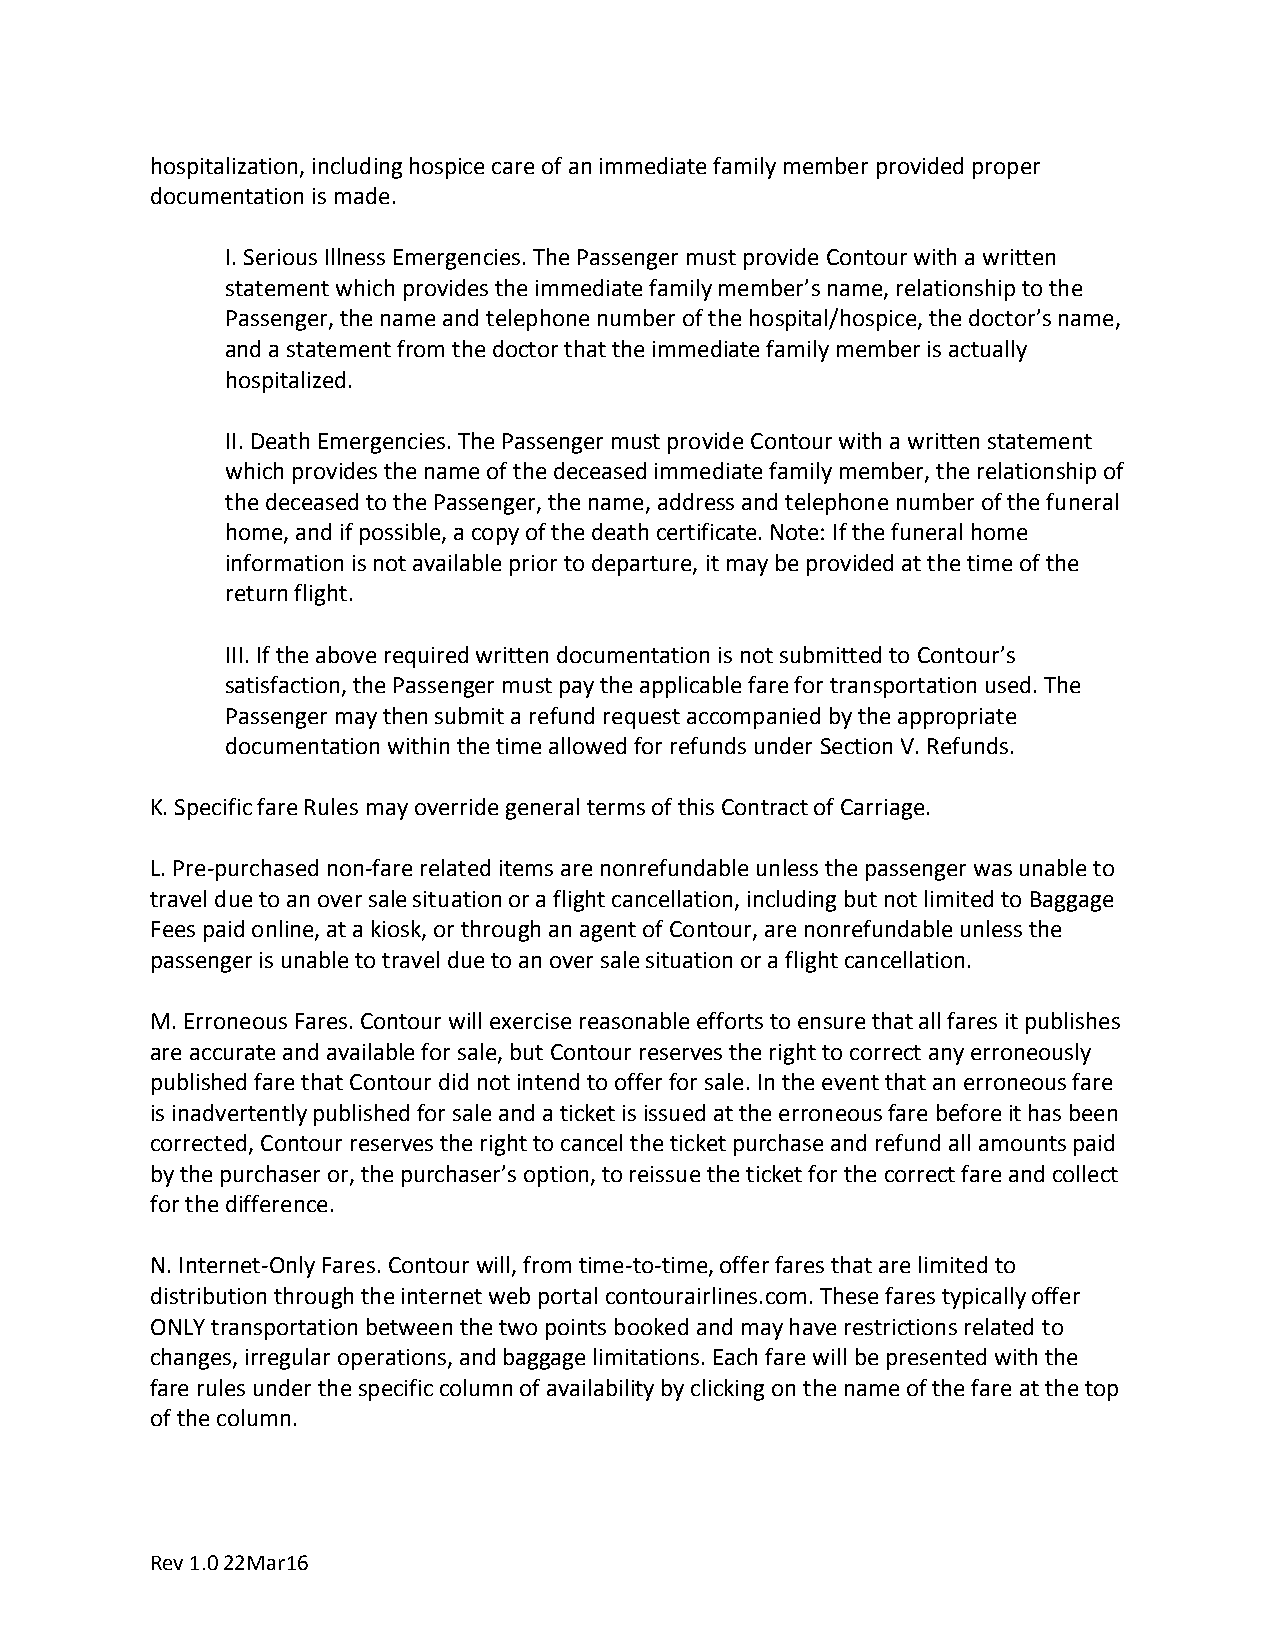
hospitalization, including hospice care of an immediate family member provided proper
 documentation is made.
 I.Serious Illness Emergencies. The Passenger must provide Contour with a written
 statement which provides the immediate family member’s name, relationship to the
 Passenger, the name and telephone number of the hospital/hospice, the doctor’s name,
 and a statement from the doctor that the immediate family member is actually
 hospitalized.
 II.Death Emergencies. The Passenger must provide Contour with a written statement
 which provides the name of the deceased immediate family member, the relationship of
 the deceased to the Passenger, the name, address and telephone number of the funeral
 home, and if possible, a copy of the death certificate. Note: If the funeral home
 information is not available prior to departure, it may be provided at the time of the
 return flight.
 III.If the above required written documentation is not submitted to Contour’s
 satisfaction, the Passenger must pay the applicable fare for transportation used. The
 Passenger may then submit a refund request accompanied by the appropriate
 documentation within the time allowed for refunds under Section V. Refunds.
 K.Specific fare Rules may override general terms of this Contract of Carriage.
 L.Pre-purchased non-fare related items are nonrefundable unless the passenger was unable to
 travel due to an over sale situation or a flight cancellation, including but not limited to Baggage
 Fees paid online, at a kiosk, or through an agent of Contour, are nonrefundable unless the
 passenger is unable to travel due to an over sale situation or a flight cancellation.
 M.Erroneous Fares. Contour will exercise reasonable efforts to ensure that all fares it publishes
 are accurate and available for sale, but Contour reserves the right to correct any erroneously
 published fare that Contour did not intend to offer for sale. In the event that an erroneous fare
 is inadvertently published for sale and a ticket is issued at the erroneous fare before it has been
 corrected, Contour reserves the right to cancel the ticket purchase and refund all amounts paid
 by the purchaser or, the purchaser’s option, to reissue the ticket for the correct fare and collect
 for the difference.
 N.Internet-Only Fares. Contour will, from time-to-time, offer fares that are limited to
 distribution through the internet web portal contourairlines.com. These fares typically offer
 ONLY transportation between the two points booked and may have restrictions related to
 changes, irregular operations, and baggage limitations. Each fare will be presented with the
 fare rules under the specific column of availability by clicking on the name of the fare at the top
 of the column.
 Rev 1.0 22Mar16